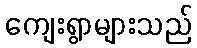
ကျေးရွာများသည်